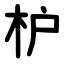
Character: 枦